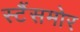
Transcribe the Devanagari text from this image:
स्टैंसमोर